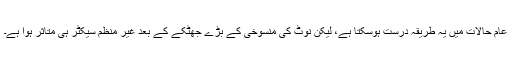
عام حالات میں یہ طریقہ درست ہوسکتا ہے، لیکن نوٹ کی منسوخی کے بڑے جھٹکے کے بعد غیر منظم سیکٹر ہی متاثر ہوا ہے۔